Tezpur Lunatic Asylum reports 1895-1904 - 1895-1904
Year: 1895
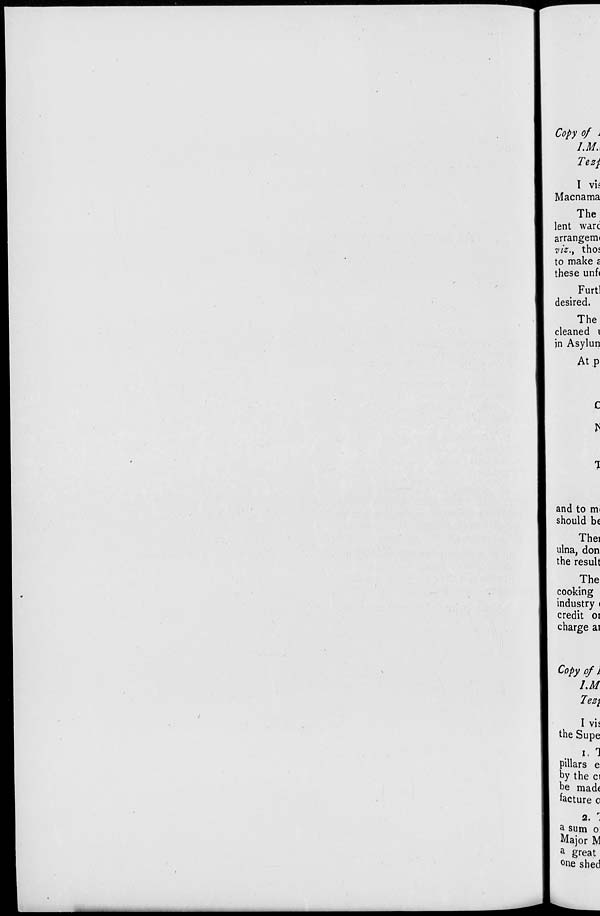
Copy of i
I.M.,
Tezj.
I vi;
Macnama
The
lent ware
arrangemi
viz., thos
to make c
these unf(
Furtl
desired.
The
cleaned i
jn Asylun
At.p
C
and to mi
should be
Thei
ulna, don
the result
The
cooking
industry <
credit 01
charge ai
Copy of i
LM
I vif
the Supe
i. 1
pillars e
by the ci
be made
facture c
2. :
a sum o
Major M
a great
°ne shed